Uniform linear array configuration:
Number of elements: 12
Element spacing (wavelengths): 1
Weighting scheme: kaiser
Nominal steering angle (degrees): -60
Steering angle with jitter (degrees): -61.308
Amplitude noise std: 0.05
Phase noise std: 0.05

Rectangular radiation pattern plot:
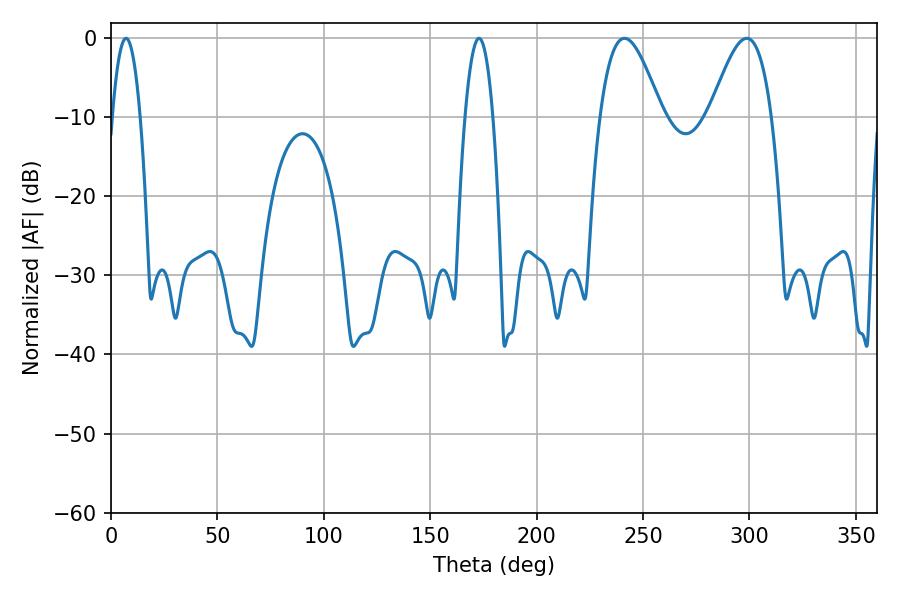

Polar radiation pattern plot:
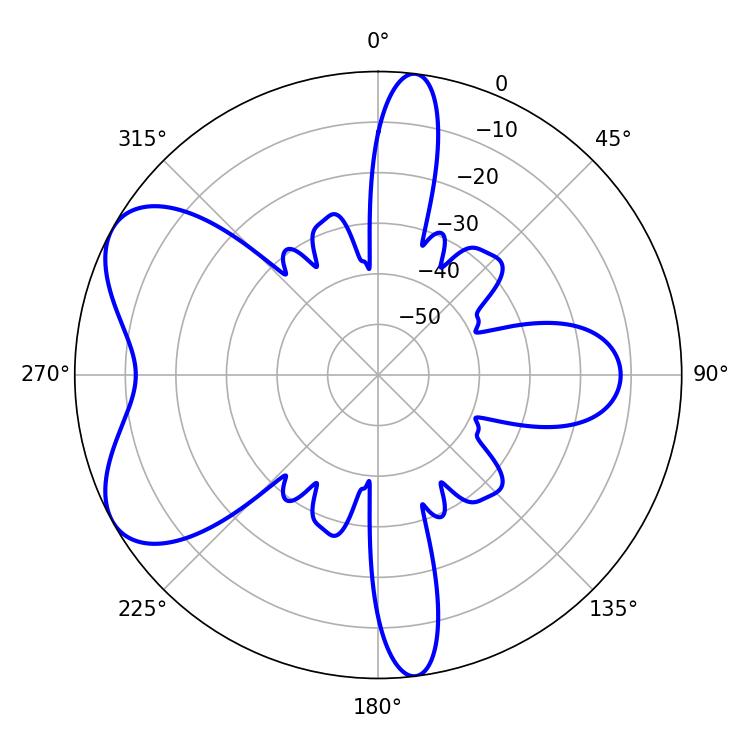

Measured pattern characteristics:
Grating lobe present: TRUE
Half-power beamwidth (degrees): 15.48
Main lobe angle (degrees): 241.2